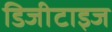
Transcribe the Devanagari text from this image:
डिजीटाइज